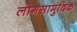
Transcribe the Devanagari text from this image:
लोगसामुदिक